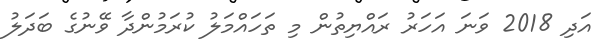
އަދި 2018 ވަނަ އަހަރު ރައްޔިތުން މި ތަހައްމަލު ކުރަމުންދާ ވޭނުގެ ބަދަލު